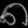
Digit: ၈